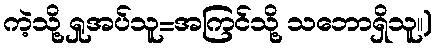
ကဲ့သို့ ရှုအပ်သူ=အကြင်သို့ သဘောရှိသူ။)